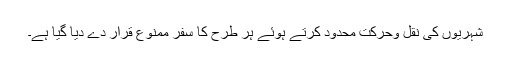
شہریوں کی نقل وحرکت محدود کرتے ہوئے ہر طرح کا سفر ممنوع قرار دے دیا گیا ہے۔